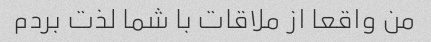
من واقعا از ملاقات با شما لذت بردم